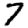
Digit: 7